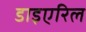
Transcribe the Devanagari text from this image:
डाइएरिल